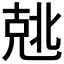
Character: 𰅣